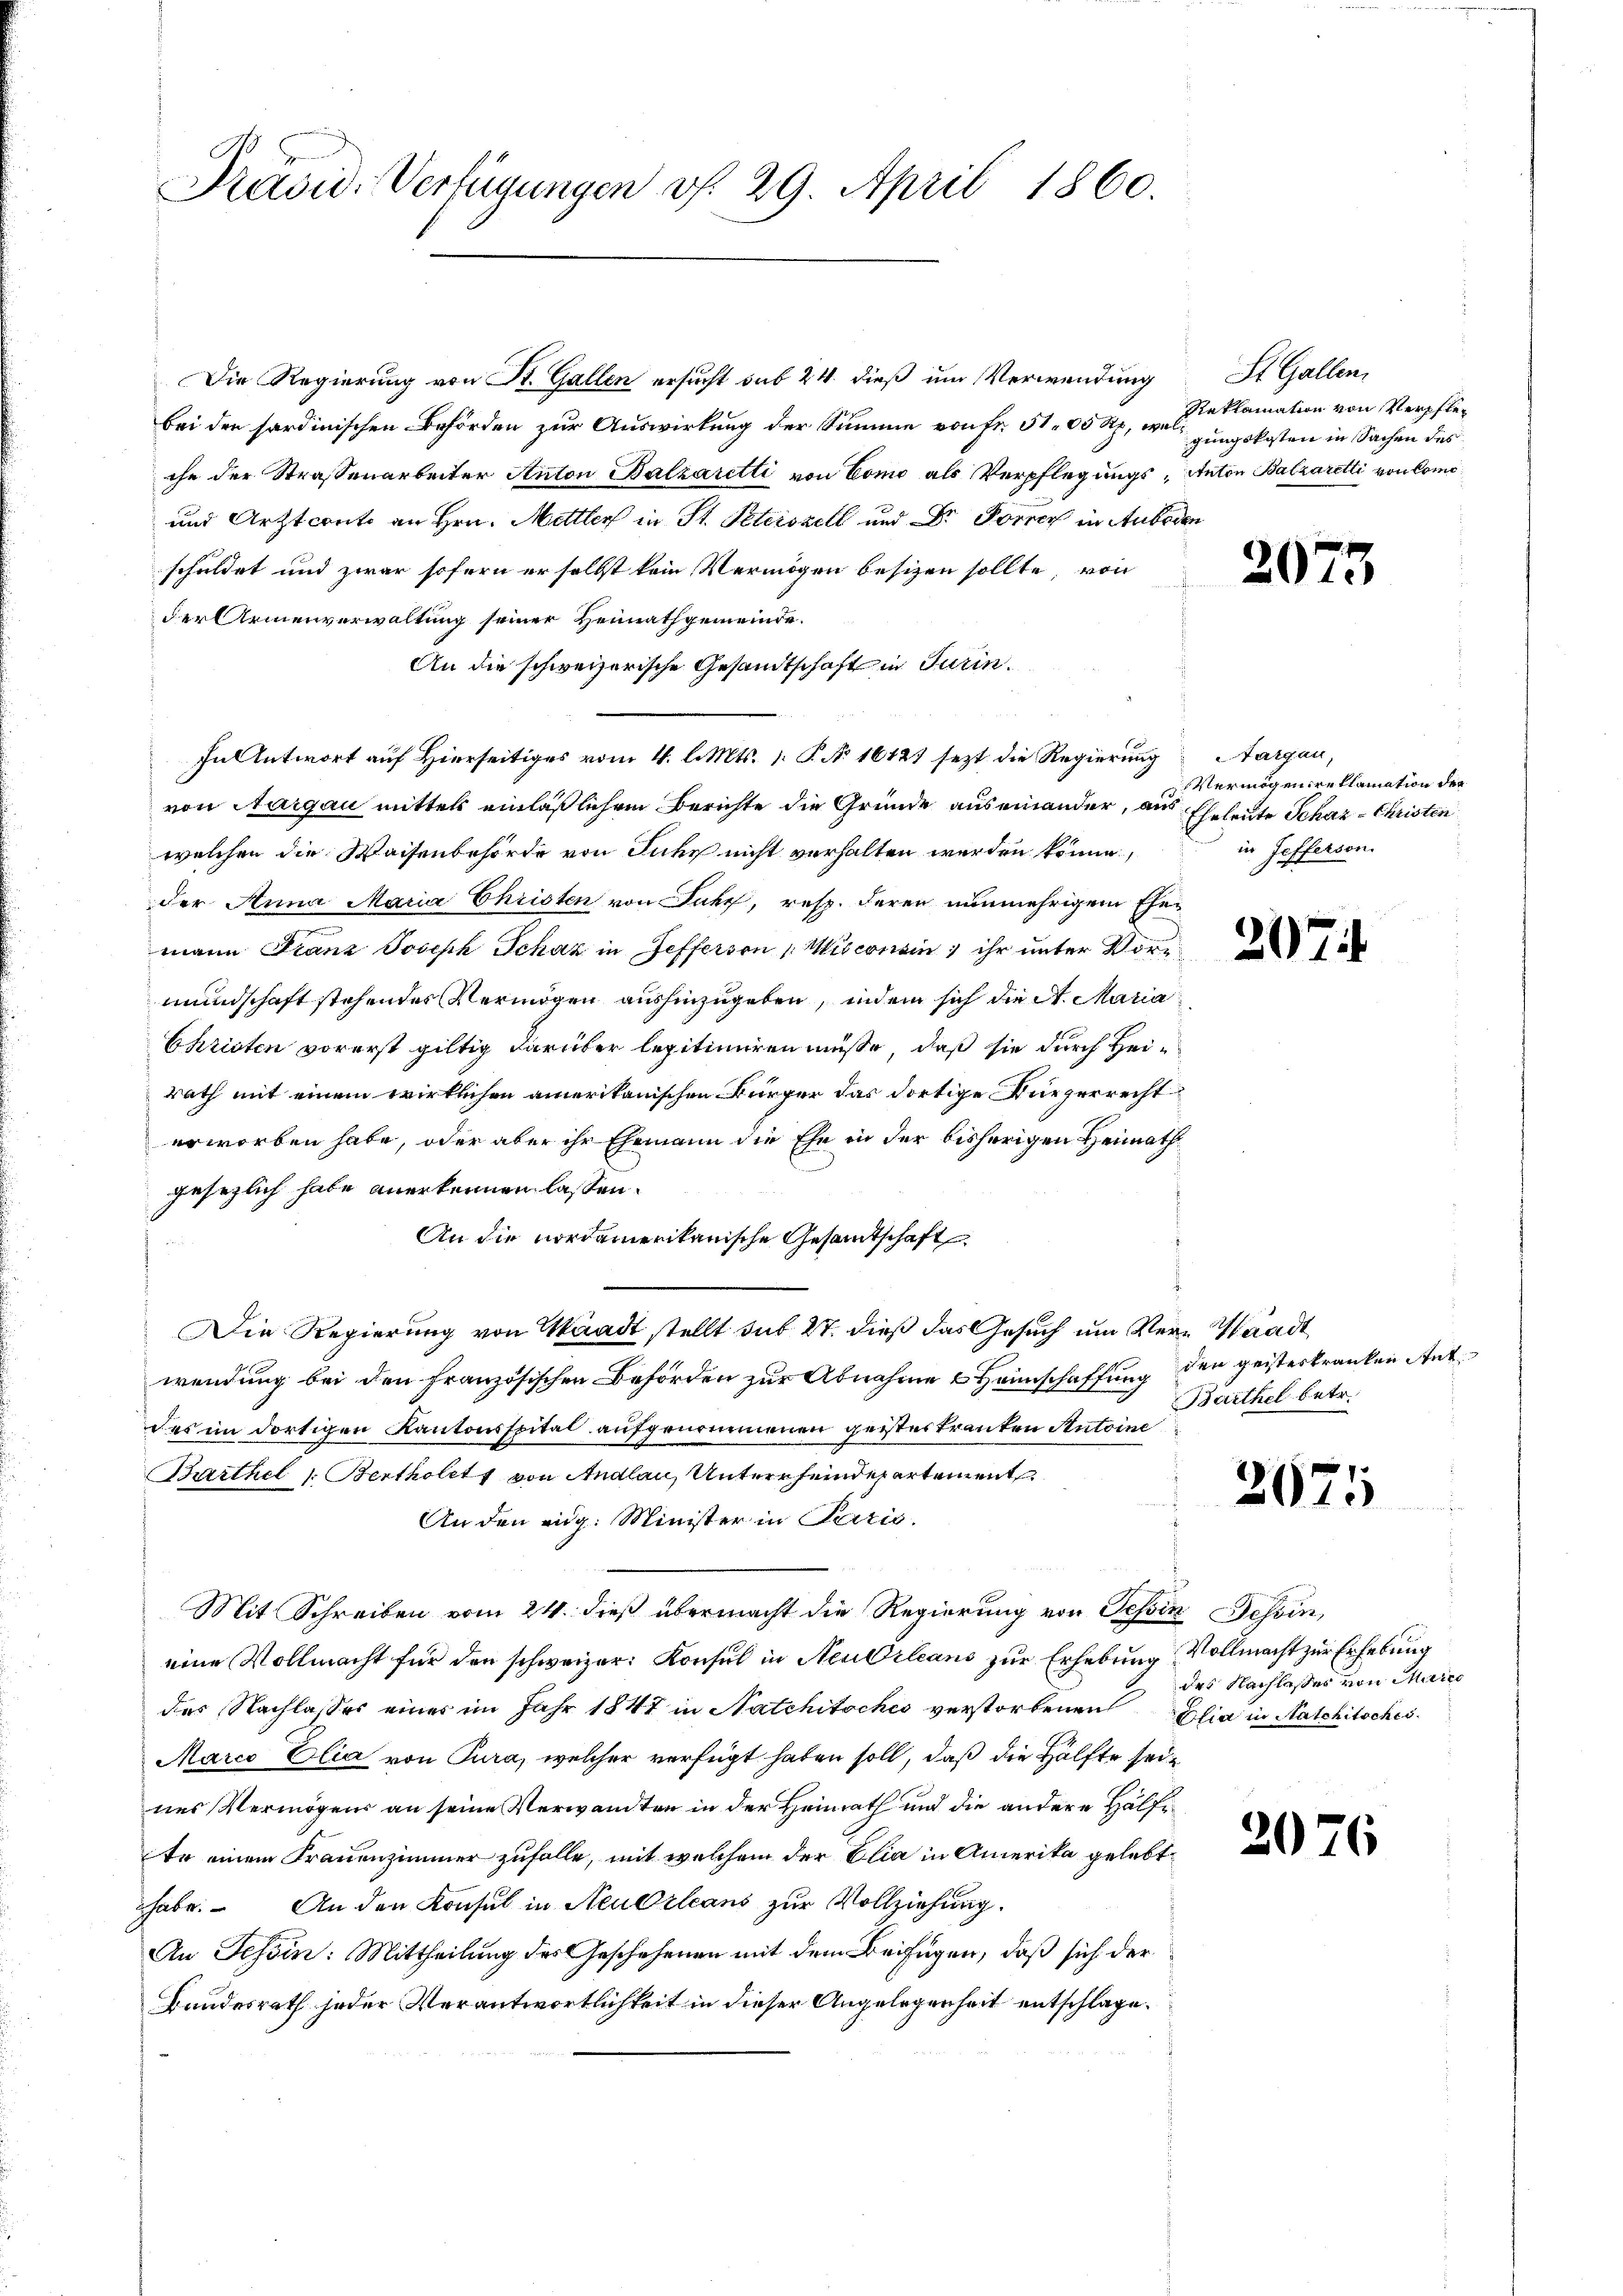
Präsid. Verfügungen v. 29. April 1860.

Die Regierung von St. Gallen ersucht sub 24. dieß um Verwendung
bei der sordinischen Behörden zur Auswirkung der Summe von fr. 3100 Rp, weigungskosten in Sachen des
che der Strassenarbeiter Anton Balzaretti von Como als Verpflegungs-Anton Balzaretti von Como¬
und Arttconto an Hrn. Mettler in St. Peterszell und Dr. Forrer in Anbeden
schuldet und zwar sofern er selbst kein Vermögen besizen sollte, von
der Armenverwaltung seiner Heimathgemeinde.
An die schweizerische Gesandtschaft in Turin.
In Antwort auf Hierseitiges vom 4. l. Mts. 1. P. No 16121 sezt, die Regierung
von Aargau mittel einläßlichem Berichte die Gründe auseinander, aus Eheleute Schaz- Christen
welchen die Waisenbehörde von Juhe nicht verhalten werden könne,
der Anna Maria Christen von Fuhr, resp. deren nunmehrigem Ehe-
mann Franz Joseph Schaz in Gefferson 1 Misconsin ihr unter Vore
mundschaft stehendes Vermögen aushinzugeben, indem sich die A. Maria
Christen vorerst giltig darüber legitimiren müsse, daß sie durch Heirath mit einem wirklichen amerikanischen Bürger das dortige Bürgerrecht
erworben habe, oder aber ihr Ehemann die Ehe in der bisherigen Heimath
gesezlich habe anerkennen lassen.
An die nordamerikanische Gesamtschaft
Die Regierung von Waadt stellt sub 27. dieß das Gesuch um Vern Waadt
wendung bei den französischen Behörden zur Abnahme & Heimschaffung
des im dortigen Kantonsspital aufgenommenen geistertrauten Antoine
Barthel /: Bertholets von Andlau, Unterfeindepartement
An den eidg. Minister in Paris.
Mit Schreiben vom 24. dieß übermacht die Regierung von Tessin Tessin,
eine Vollmacht für den schweizer: Konsul in Neu Orleans zur Erhebung Vollmacht zur Erhebung
des Nachlasses eines im Jahr 1847 in Natchitsches verstorbenen Elia in Natchitsches
Marco Clia von Tura, welcher verfügt haben soll, daß die Hälfte seines Vermögens an seine Verwandten in der Heimath und die andere Hälfte einem Frauenzimmer zufalle, mit welchem der Elia in Amerika gelebt
habe. An den Konsul in Neuerleans zur Vollziehung.
An Tessin: Mittheilung des Geschehenen mit dem Beifügen, daß sich der
Bundesrath jeder Verantwortlichkeit in dieser Angelegenheit entschlage.

St. Gallen.
Reklamation von Verpfle¬

20

Aargau,
Vermögen reklamation der
in fefferson.

207

den geisteskranken Ant.
Barthel betr.

2671

des Nachlasses von Marec

20

6